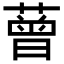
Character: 𦼏